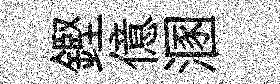
鏗億溷